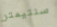
سنتيمتر